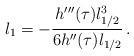
\begin{align*} l_{1} = - \frac {h'''(\tau) l_{1/2}^3} {6 h''(\tau) l_{1/2} }\, . \end{align*}